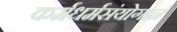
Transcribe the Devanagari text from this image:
कर्मधर्मसंयोगानं